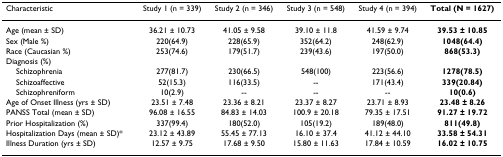
<table><thead><tr><td><b>Characteristic</b></td><td><b>Study 1 (n = 339)</b></td><td><b>Study 2 (n = 346)</b></td><td><b>Study 3 (n = 548)</b></td><td><b>Study 4 (n = 394)</b></td><td><b>Total (N = 1627)</b></td></tr></thead><tbody><tr><td>Age (mean ± SD)</td><td>36.21 ± 10.73</td><td>41.05 ± 9.58</td><td>39.10 ± 11.8</td><td>41.59 ± 9.74</td><td><b>39.53 ± 10.85</b></td></tr><tr><td>Sex (Male %)</td><td>220(64.9)</td><td>228(65.9)</td><td>352(64.2)</td><td>248(62.9)</td><td><b>1048(64.4)</b></td></tr><tr><td>Race (Caucasian %)</td><td>253(74.6)</td><td>179(51.7)</td><td>239(43.6)</td><td>197(50.0)</td><td><b>868(53.3)</b></td></tr><tr><td>Diagnosis (%)</td><td></td><td></td><td></td><td></td><td></td></tr><tr><td> Schizophrenia</td><td>277(81.7)</td><td>230(66.5)</td><td>548(100)</td><td>223(56.6)</td><td><b>1278(78.5)</b></td></tr><tr><td> Schizoaffective</td><td>52(15.3)</td><td>116(33.5)</td><td>--</td><td>171(43.4)</td><td><b>339(20.84)</b></td></tr><tr><td> Schizophreniform</td><td>10(2.9)</td><td>--</td><td>--</td><td>--</td><td><b>10(0.6)</b></td></tr><tr><td>Age of Onset Illness (yrs ± SD)</td><td>23.51 ± 7.48</td><td>23.36 ± 8.21</td><td>23.37 ± 8.27</td><td>23.71 ± 8.93</td><td><b>23.48 ± 8.26</b></td></tr><tr><td>PANSS Total (mean ± SD)</td><td>96.08 ± 16.55</td><td>84.83 ± 14.03</td><td>100.9 ± 20.18</td><td>79.35 ± 17.51</td><td><b>91.27 ± 19.72</b></td></tr><tr><td>Prior Hospitalization (%)</td><td>337(99.4)</td><td>180(52.0)</td><td>105(19.2)</td><td>189(48.0)</td><td><b>811(49.8)</b></td></tr><tr><td>Hospitalization Days (mean ± SD)*</td><td>23.12 ± 43.89</td><td>55.45 ± 77.13</td><td>16.10 ± 37.4</td><td>41.12 ± 44.10</td><td><b>33.58 ± 54.31</b></td></tr><tr><td>Illness Duration (yrs ± SD)</td><td>12.57 ± 9.75</td><td>17.68 ± 9.50</td><td>15.80 ± 11.63</td><td>17.84 ± 10.59</td><td><b>16.02 ± 10.75</b></td></tr></tbody></table>